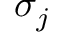
\sigma _ { j }